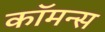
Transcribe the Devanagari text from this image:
कॉमन्‍स